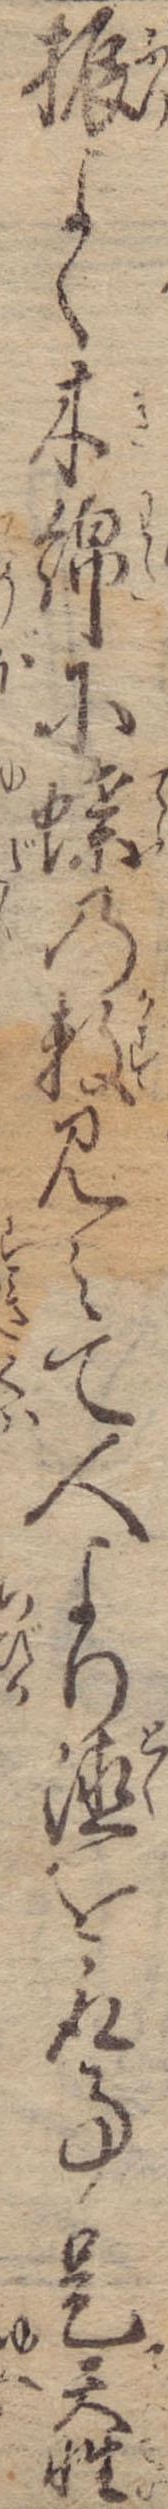
振よく木綿に蝶の数見えて人より徳を取事是天性